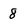
Character: 8